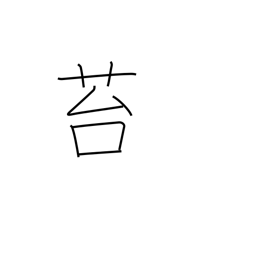
Meaning: moss